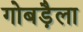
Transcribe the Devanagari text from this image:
गोबड़ैला